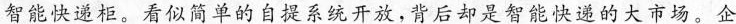
智能快递柜。看似简单的自提系统开放，背后却是智能快递的大市场。企